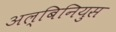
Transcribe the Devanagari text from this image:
अल्बिनियुस